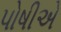
પોષીએ